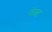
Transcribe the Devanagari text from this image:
फेक्ड